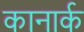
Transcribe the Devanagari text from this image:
कानार्क